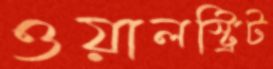
ওয়ালস্ট্রিট